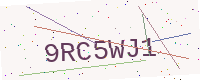
Text: 9RC5WJ1